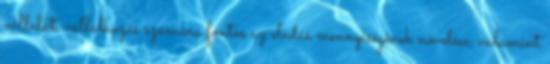
vállalat, vállalkozás számára fontos az eladás mennyiségének növelése, valamint